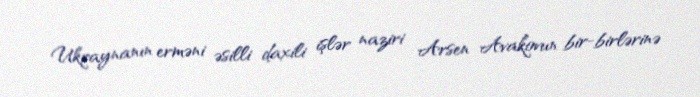
Ukraynanın erməni əsilli daxili işlər naziri Arsen Avakovun bir-birlərinə